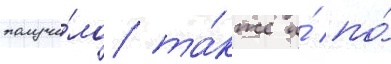
получи́ло та́кже и́ по́